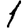
Digit: 1